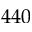
4 4 0